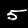
Digit: 5